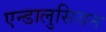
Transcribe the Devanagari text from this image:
एन्डालुसियन